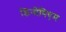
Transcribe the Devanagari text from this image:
डिनोपिएम